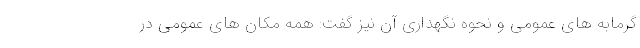
گرمابه های عمومی و نحوه نگهداری آن نیز گفت: همه مکان های عمومی در